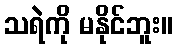
သရဲကို မနိုင်ဘူး။